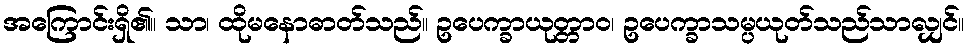
အကြောင်းရှိ၏။ သာ၊ ထိုမနောဓာတ်သည်။ ဥပေက္ခာယုတ္တာဝ၊ ဥပေက္ခာသမ္ပယုတ်သည်သာလျှင်။